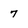
Character: 7